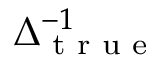
\Delta _ { \textup { t r u e } } ^ { - 1 }